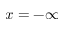
x = - \infty